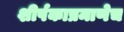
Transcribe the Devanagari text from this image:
शीर्षकाप्रमाणेच